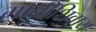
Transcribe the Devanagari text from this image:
मातीशिवाय